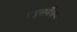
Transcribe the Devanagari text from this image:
वायुसर्वेक्षण